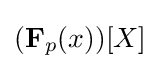
(\mathbf {F} _{p}(x))[X]